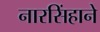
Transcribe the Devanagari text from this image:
नारसिंहाने